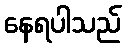
နေရပါသည်